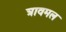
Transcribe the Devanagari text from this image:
त्रावमल